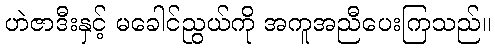
ဟဲဇာဒီးနှင့် မခေါင်ညွယ်ကို အကူအညီပေးကြသည်။